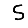
Digit: 5